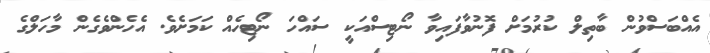
އެއްބަސްވުން ބާތިލް ކުރުމަށް ފޮނުވާފައިވާ ނޯޓިސްއަކީ ސައްހަ ނޯޓިހެއް ކަމަށެވެ. އެހެންވެގެން މާހަލްގެ